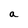
Character: a